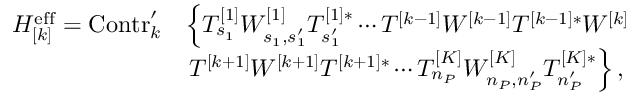
\begin{array} { r l } { H _ { [ k ] } ^ { \mathrm { e f f } } = \mathrm { C o n t r } _ { k } ^ { \prime } } & { \left\{ T _ { s _ { 1 } } ^ { [ 1 ] } W _ { s _ { 1 } , s _ { 1 } ^ { \prime } } ^ { [ 1 ] } T _ { s _ { 1 } ^ { \prime } } ^ { [ 1 ] * } \cdots T ^ { [ k - 1 ] } W ^ { [ k - 1 ] } T ^ { [ k - 1 ] * } W ^ { [ k ] } \right. } \\ & { \left. T ^ { [ k + 1 ] } W ^ { [ k + 1 ] } T ^ { [ k + 1 ] * } \cdots T _ { n _ { P } } ^ { [ K ] } W _ { n _ { P } , n _ { P } ^ { \prime } } ^ { [ K ] } T _ { n _ { P } ^ { \prime } } ^ { [ K ] * } \right\} , } \end{array}